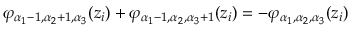
\varphi _ { \alpha _ { 1 } - 1 , \alpha _ { 2 } + 1 , \alpha _ { 3 } } ( z _ { i } ) + \varphi _ { \alpha _ { 1 } - 1 , \alpha _ { 2 } , \alpha _ { 3 } + 1 } ( z _ { i } ) = - \varphi _ { \alpha _ { 1 } , \alpha _ { 2 } , \alpha _ { 3 } } ( z _ { i } )